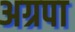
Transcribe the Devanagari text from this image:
अग्रपा